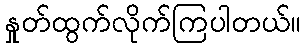
နှုတ်ထွက်လိုက်ကြပါတယ်။